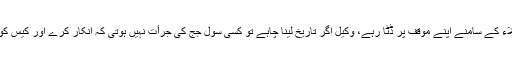
کسی جج کی جرأت نہیں کہ وہ وکلاء کے سامنے اپنے موقف پر ڈٹا رہے، وکیل اگر تاریخ لینا چاہے تو کسی سول جج کی جرأت نہیں ہوتی کہ انکار کرے اور کیس کو جلد مکمل کرنے کی راہ پر ڈالے۔